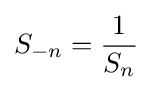
S_{-n}={\frac {1}{S_{n}}}